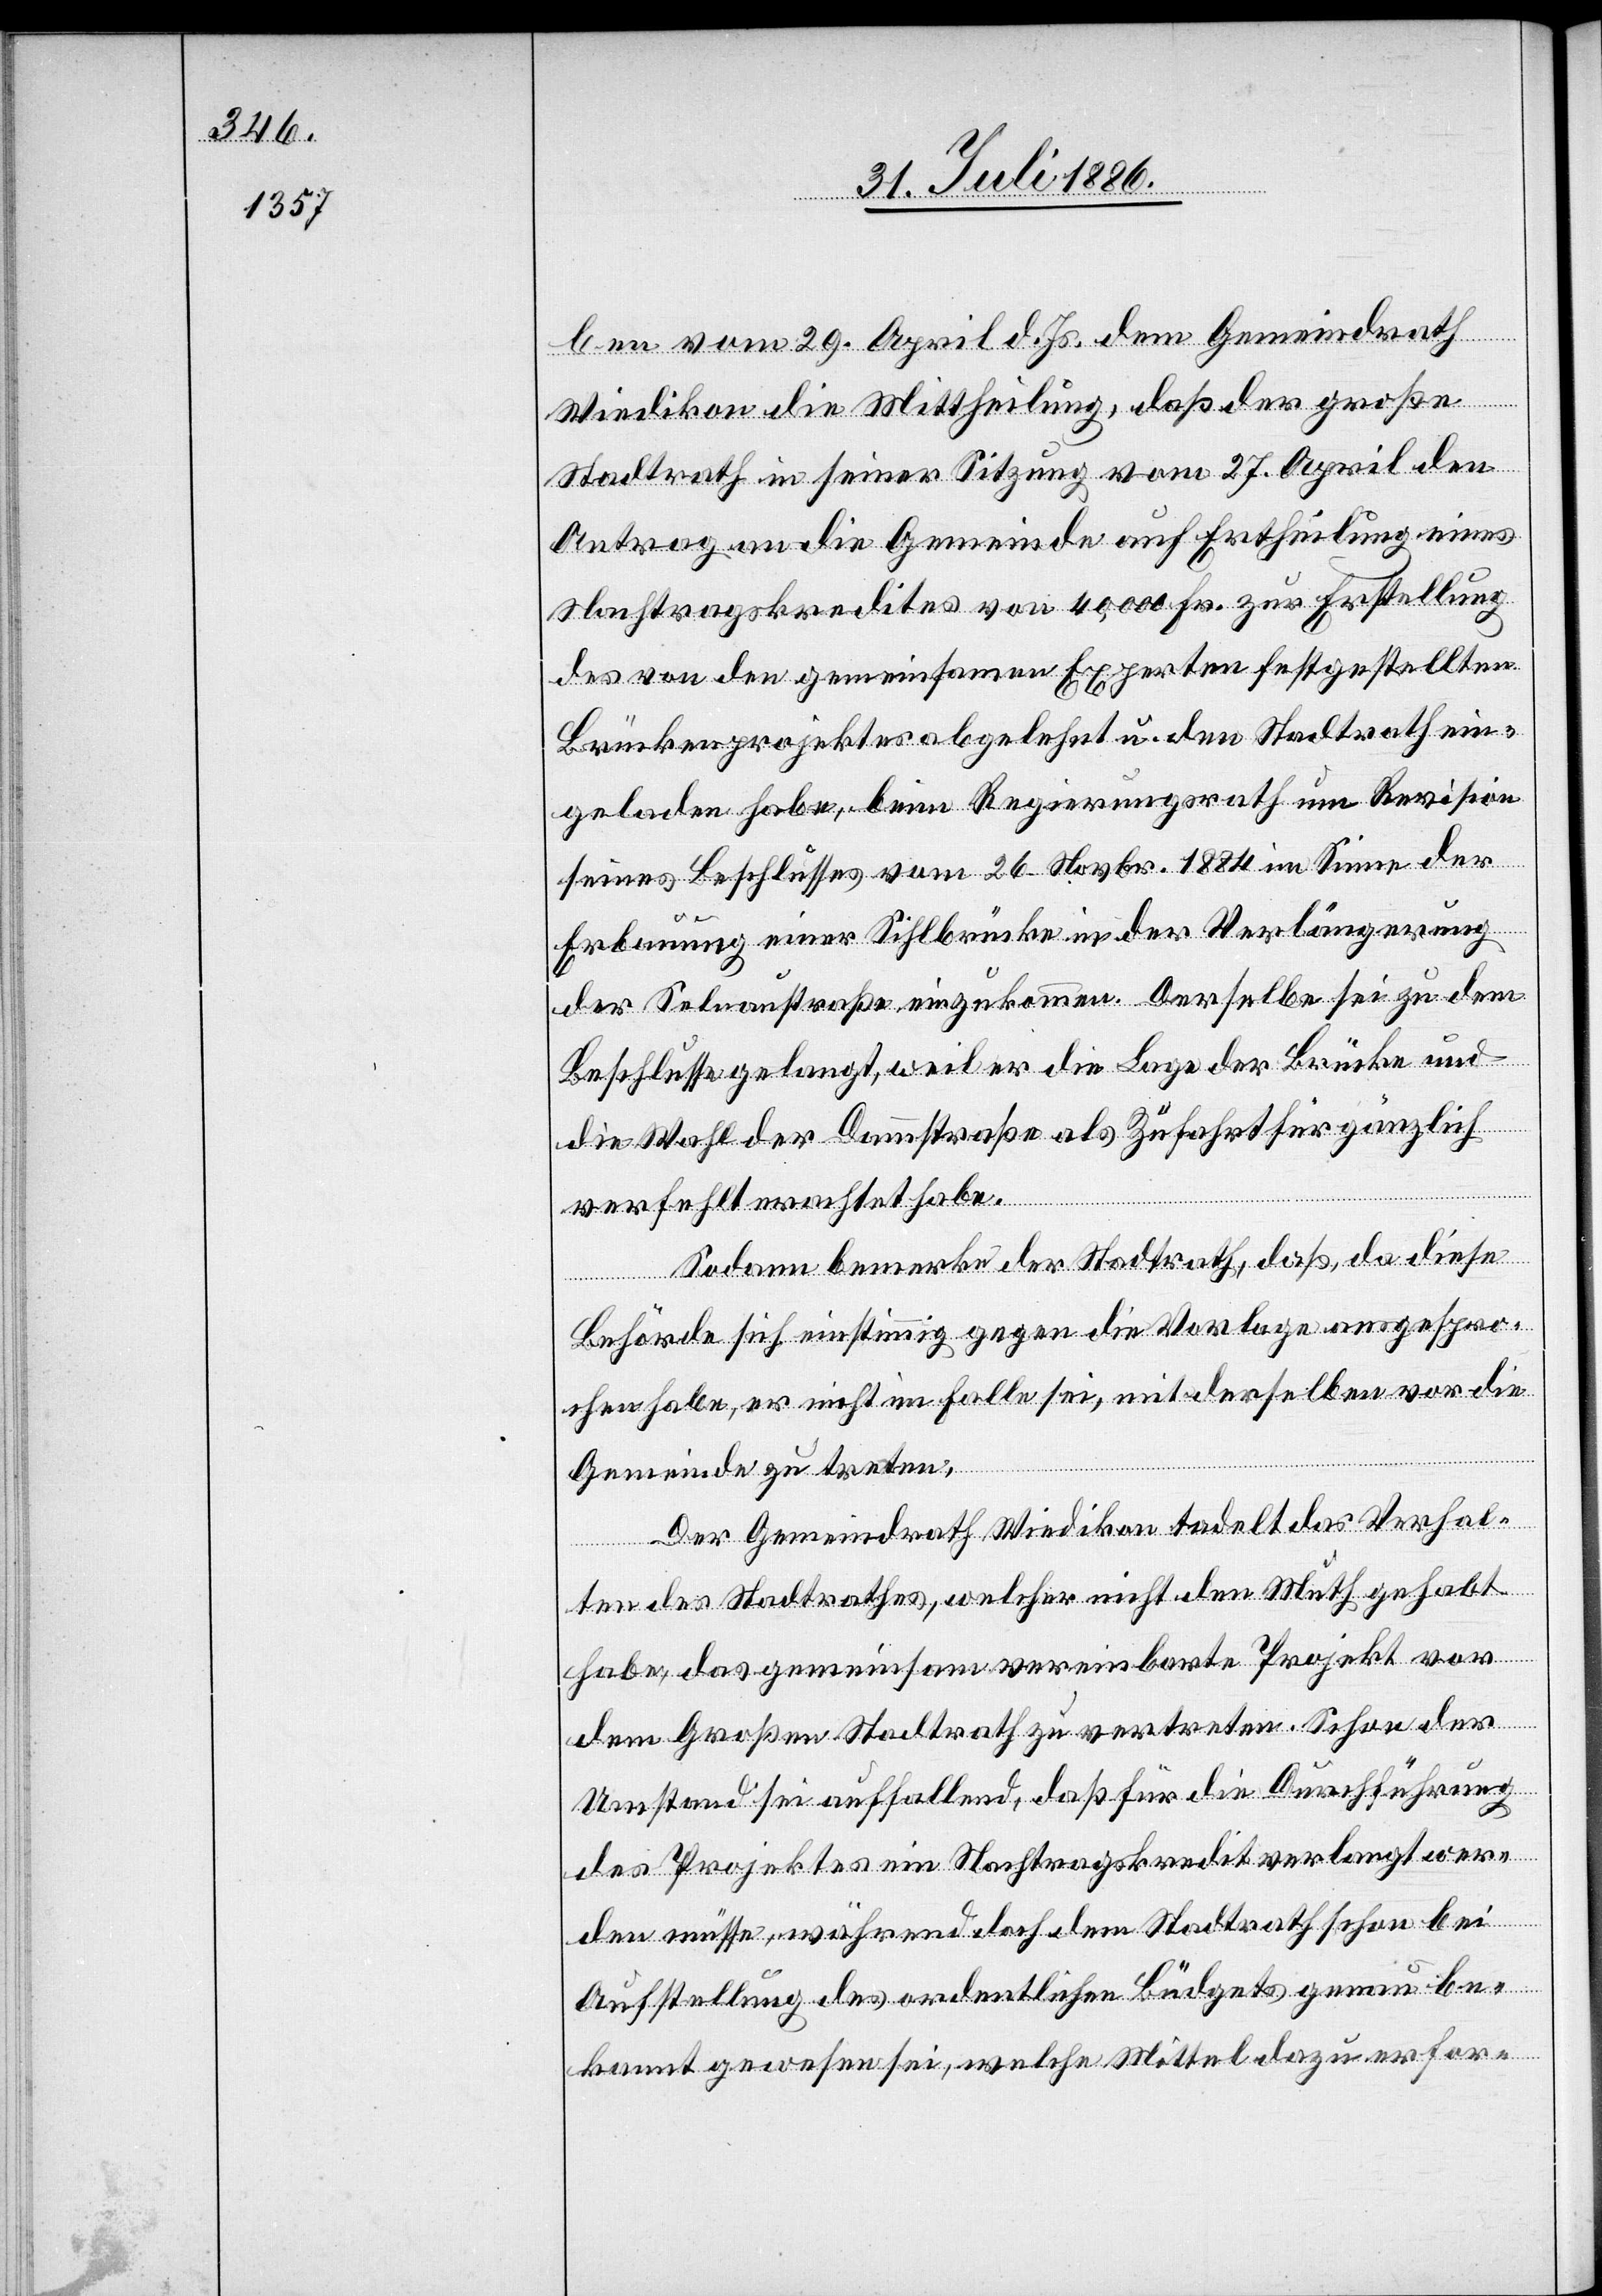
ben vom 29. April d. Js. dem Gemeindrath
Wiedikon die Mittheilung, daß der große
Stadtrath in seiner Sitzung vom 27. April den
Antrag an die Gemeinde auf Ertheilung eines
Nachtragskredites von 40,000 Fr. zur Erstellung
des von den gemeinsamen Experten festgestellten
Brückenprojektes abgelehnt u. den Stadtrath ein¬
geladen habe, beim Regierungsrath um Revision
seines Beschlusses vom 26. Novbr. 1884 im Sinne der
Erbauung einer Sihlbrücke in der Verlängerung
der Selnaustraße einzukommen. Derselbe sei zu dem
Beschlusse gelangt, weil er die Lage der Brücke und
die Wahl der Dammstraße als Zufahrt für gänzlich
verfehlt erachtet habe.
Sodann bemerke der Stadtrath, daß, da diese
Behörde sich einstimmig gegen die Vorlage ausgespro¬
chen habe, er nicht im Falle sei, mit derselben vor die
Gemeinde zu treten.
Der Gemeindrath Wiedikon tadelt das Verhal¬
ten des Stadtrathes, welcher nicht den Muth gehabt
habe, das gemeinsam vereinbarte Projekt vor
dem Großen Stadtrath zu vertreten. Schon der
Umstand sei auffallend, daß für die Durchführung
des Projektes ein Nachtragskredit verlangt wer¬
den müsse, während doch dem Stadtrath schon bei
Aufstellung des ordentlichen Büdgets genau be¬
kannt gewesen sei, welche Mittel dazu erfor-